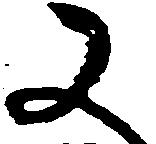
又